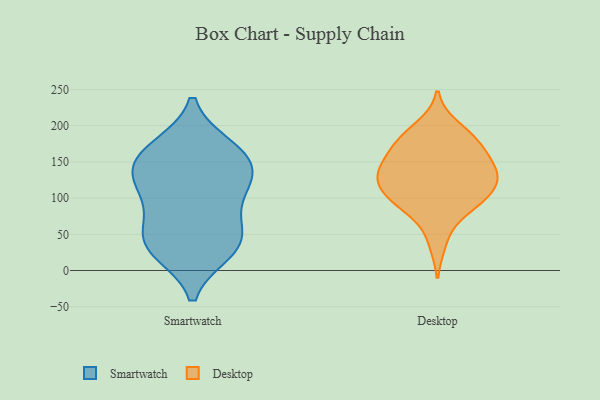
{"axis": {"x": "Revenue (USD Million)", "y": "Value"}, "legend": ["Desktop", "Smartwatch"], "data": [{"x": "", "y": 45, "type": "Smartwatch"}, {"x": "", "y": 130, "type": "Smartwatch"}, {"x": "", "y": 27, "type": "Smartwatch"}, {"x": "", "y": 117, "type": "Smartwatch"}, {"x": "", "y": 119, "type": "Smartwatch"}, {"x": "", "y": 62, "type": "Smartwatch"}, {"x": "", "y": 166, "type": "Smartwatch"}, {"x": "", "y": 155, "type": "Smartwatch"}, {"x": "", "y": 31, "type": "Smartwatch"}, {"x": "", "y": 149, "type": "Smartwatch"}, {"x": "", "y": 170, "type": "Smartwatch"}, {"x": "", "y": 37, "type": "Smartwatch"}, {"x": "", "y": 94, "type": "Smartwatch"}, {"x": "", "y": 156, "type": "Desktop"}, {"x": "", "y": 115, "type": "Desktop"}, {"x": "", "y": 39, "type": "Desktop"}, {"x": "", "y": 146, "type": "Desktop"}, {"x": "", "y": 198, "type": "Desktop"}, {"x": "", "y": 118, "type": "Desktop"}, {"x": "", "y": 186, "type": "Desktop"}, {"x": "", "y": 86, "type": "Desktop"}, {"x": "", "y": 84, "type": "Desktop"}, {"x": "", "y": 127, "type": "Desktop"}, {"x": "", "y": 179, "type": "Desktop"}, {"x": "", "y": 124, "type": "Desktop"}, {"x": "", "y": 160, "type": "Desktop"}, {"x": "", "y": 98, "type": "Desktop"}, {"x": "", "y": 136, "type": "Desktop"}, {"x": "", "y": 177, "type": "Desktop"}, {"x": "", "y": 99, "type": "Desktop"}, {"x": "", "y": 135, "type": "Desktop"}]}